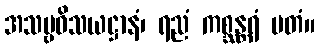
အသဗ္ဗဝိသယဋ္ဌာနံ၊ ရညံ ကစ္ဆန္တရံ မတံ။